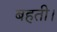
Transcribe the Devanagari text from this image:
बहती।